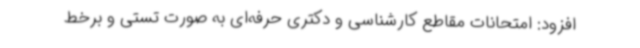
افزود: امتحانات مقاطع کارشناسی و دکتری حرفه‌ای به صورت تستی و برخط